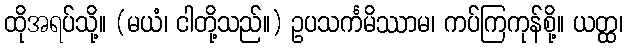
ထိုအရပ်သို့။ (မယံ၊ ငါတို့သည်။) ဥပသင်္ကမိဿာမ၊ ကပ်ကြကုန်စို့။ ယတ္ထ၊